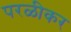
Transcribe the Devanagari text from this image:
परळीकर